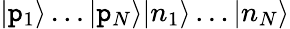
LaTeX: |\boldsymbol{\mathtt{p}}_{1}\rangle\dots|\boldsymbol{\mathtt{p}}_{N}\rangle|n_{1}\rangle\dots|n_{N}\rangle